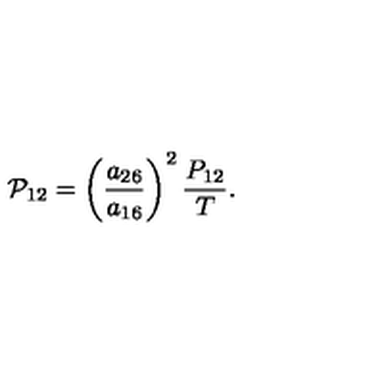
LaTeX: { \cal P } _ { 1 2 } = \left( \frac { a _ { 2 6 } } { a _ { 1 6 } } \right) ^ { 2 } \frac { P _ { 1 2 } } { T } .